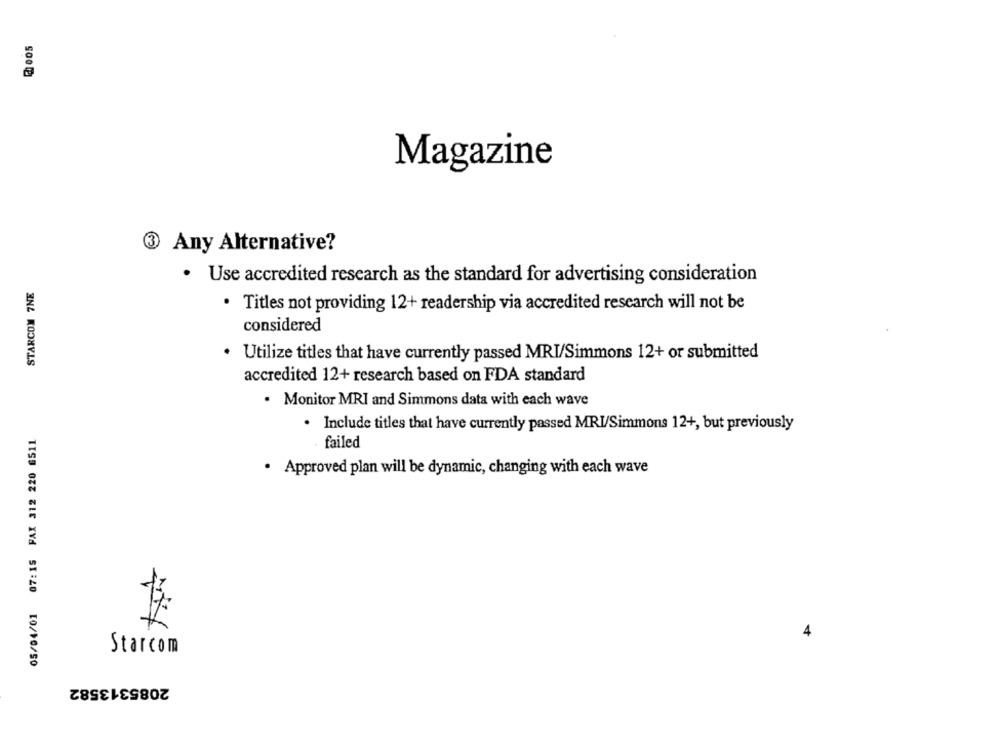
Magazine
3 Any Alternative?
· Use accredited research as the standard for advertising consideration
STARCOM 7NE
· Titles not providing 12+ readership via accredited research will not be
considered
. Utilize titles that have currently passed MRI/Simmons 12+ or submitted
accredited 12+ research based on FDA standard
· Monitor MRI and Simmons data with each wave
05/04/01 07:15 PAX 312 220 6511
· Include titles that have currently passed MRI/Simmons 12+, but previously
failed
· Approved plan will be dynamic, changing with each wave
4
Starcom
2085313582